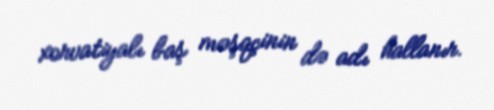
xorvatiyalı baş məşqçinin də adı hallanır.